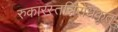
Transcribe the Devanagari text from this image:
रुकारस्तन्निरोधकृत्